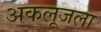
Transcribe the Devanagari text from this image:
अकलूजला